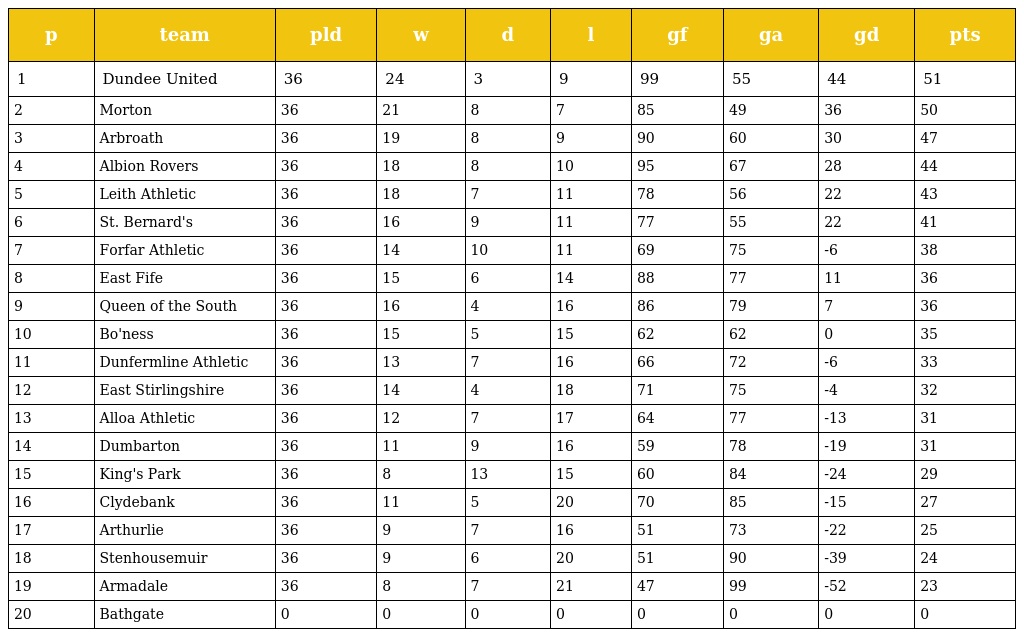
| p | team | pld | w | d | l | gf | ga | gd | pts |
 | --- | --- | --- | --- | --- | --- | --- | --- | --- | --- |
 | 1 | Dundee United | 36 | 24 | 3 | 9 | 99 | 55 | 44 | 51 |
 | 2 | Morton | 36 | 21 | 8 | 7 | 85 | 49 | 36 | 50 |
 | 3 | Arbroath | 36 | 19 | 8 | 9 | 90 | 60 | 30 | 47 |
 | 4 | Albion Rovers | 36 | 18 | 8 | 10 | 95 | 67 | 28 | 44 |
 | 5 | Leith Athletic | 36 | 18 | 7 | 11 | 78 | 56 | 22 | 43 |
 | 6 | St. Bernard's | 36 | 16 | 9 | 11 | 77 | 55 | 22 | 41 |
 | 7 | Forfar Athletic | 36 | 14 | 10 | 11 | 69 | 75 | -6 | 38 |
 | 8 | East Fife | 36 | 15 | 6 | 14 | 88 | 77 | 11 | 36 |
 | 9 | Queen of the South | 36 | 16 | 4 | 16 | 86 | 79 | 7 | 36 |
 | 10 | Bo'ness | 36 | 15 | 5 | 15 | 62 | 62 | 0 | 35 |
 | 11 | Dunfermline Athletic | 36 | 13 | 7 | 16 | 66 | 72 | -6 | 33 |
 | 12 | East Stirlingshire | 36 | 14 | 4 | 18 | 71 | 75 | -4 | 32 |
 | 13 | Alloa Athletic | 36 | 12 | 7 | 17 | 64 | 77 | -13 | 31 |
 | 14 | Dumbarton | 36 | 11 | 9 | 16 | 59 | 78 | -19 | 31 |
 | 15 | King's Park | 36 | 8 | 13 | 15 | 60 | 84 | -24 | 29 |
 | 16 | Clydebank | 36 | 11 | 5 | 20 | 70 | 85 | -15 | 27 |
 | 17 | Arthurlie | 36 | 9 | 7 | 16 | 51 | 73 | -22 | 25 |
 | 18 | Stenhousemuir | 36 | 9 | 6 | 20 | 51 | 90 | -39 | 24 |
 | 19 | Armadale | 36 | 8 | 7 | 21 | 47 | 99 | -52 | 23 |
 | 20 | Bathgate | 0 | 0 | 0 | 0 | 0 | 0 | 0 | 0 |